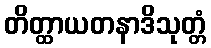
တိတ္ထာယတနာဒိသုတ္တံ